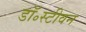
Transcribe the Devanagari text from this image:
डॉ॰स्टीवन